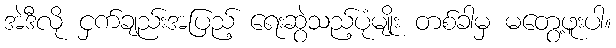
အဲဒီလို ငှက်ချည်းအပြည့် ရေးဆွဲသည့်ပုံမျိုး တစ်ခါမှ မတွေ့ဖူးပါ။